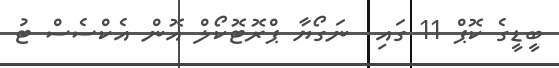
ބީޑީގެ ކޮޕް 11 ގައި  ނަގޯޔާ ޕްރޮޓޮކޯލް އޮން އެކްސެސް ޓު